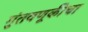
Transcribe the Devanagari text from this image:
गुंतवणूकीचा